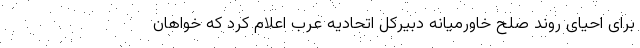
برای احیای روند صلح خاورمیانه دبیرکل اتحادیه عرب اعلام کرد که خواهان